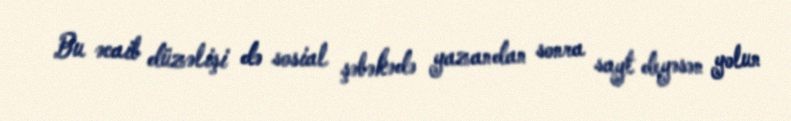
Bu əcaib düzəlişi də sosial şəbəkədə yazandan sonra sayt deyəsən yolun